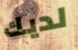
لديك